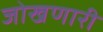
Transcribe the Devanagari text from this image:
जोखणारी